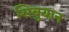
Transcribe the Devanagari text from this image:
सिबुयान